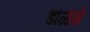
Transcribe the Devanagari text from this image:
डॊळसे